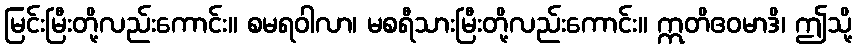
မြင်းမြီးတို့လည်းကောင်း။ စမရဝါလာ၊ မစရီသားမြီးတို့လည်းကောင်း။ ဣတိဧဝမာဒိ၊ ဤသို့